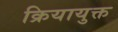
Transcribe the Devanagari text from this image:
क्रियायुक्त